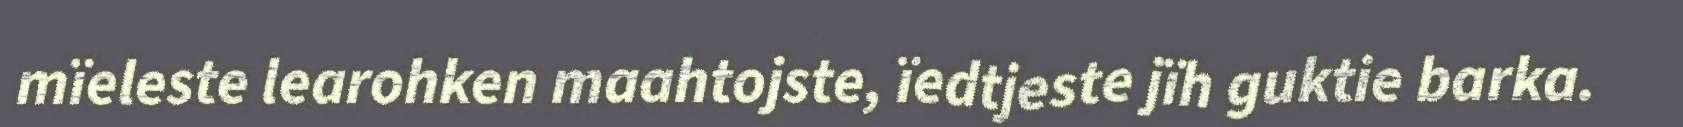
mïeleste learohken maahtojste, ïedtjeste jïh guktie barka.